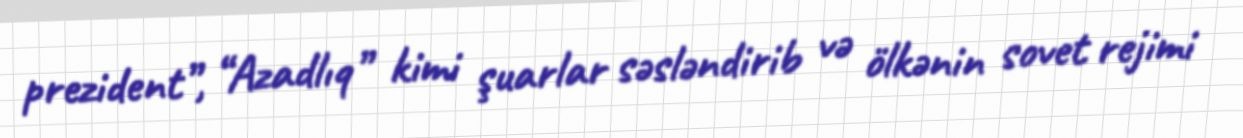
prezident”, “Azadlıq” kimi şuarlar səsləndirib və ölkənin sovet rejimi